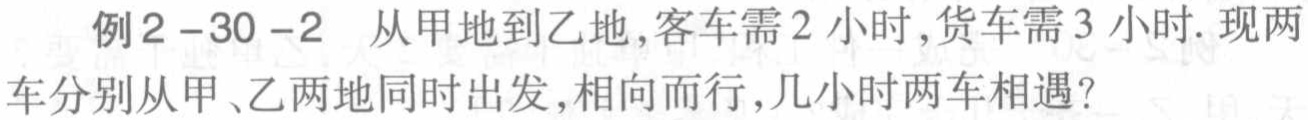
例2-30-2 从甲地到乙地,客车需2小时,货车需3小时.现两车分别从甲、乙两地同时出发,相向而行,几小时两车相遇?